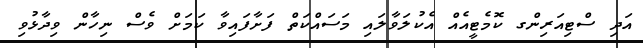
އަދި ސްޓިއަރިންގ ކޮމެޓީއެއް އެކުލަވާލައި މަސައްކަތް ފަށާފައިވާ ކަމަށް ވެސް ނިހާން ވިދާޅުވި